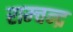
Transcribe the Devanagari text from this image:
राम्चन्द्र